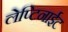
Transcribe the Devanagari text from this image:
लेप्टिनाईट